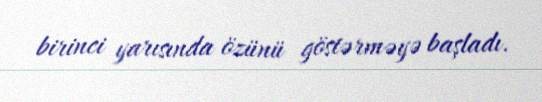
birinci yarısında özünü göstərməyə başladı.